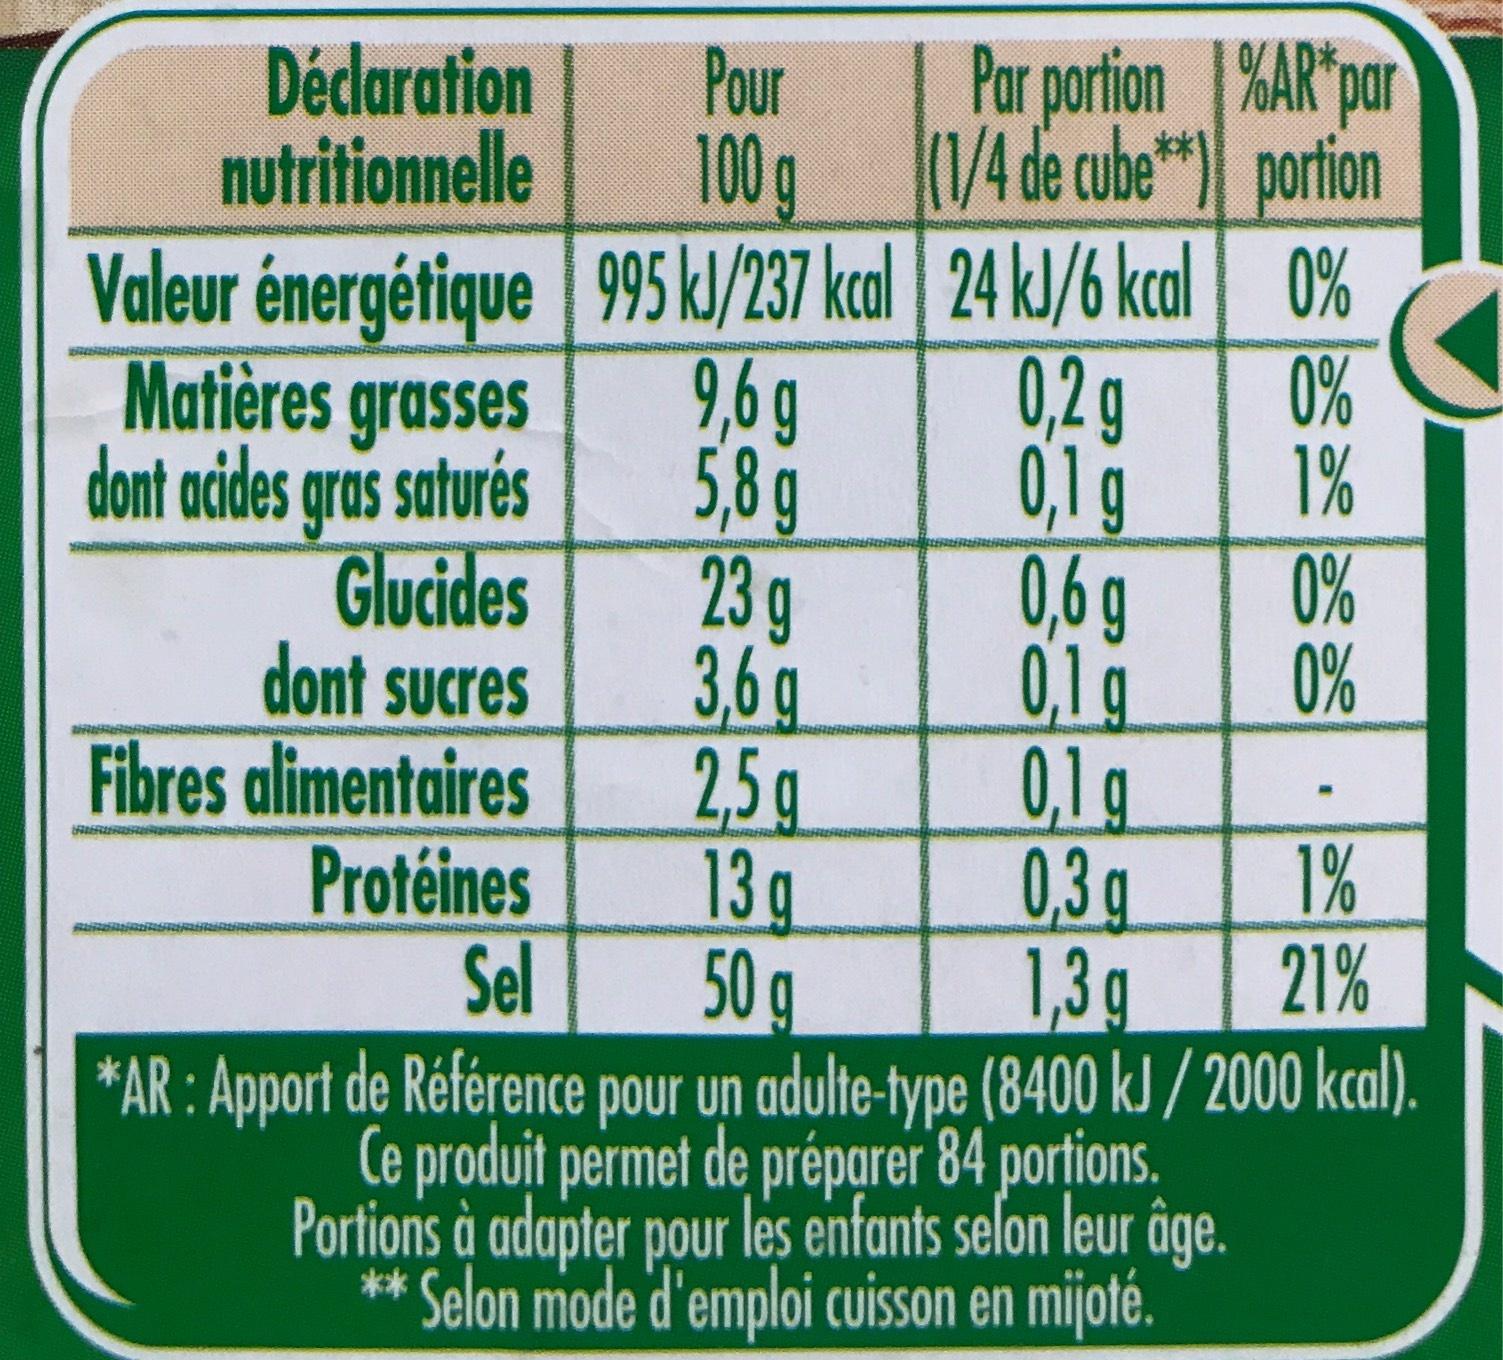
Pour
100 g
Valeur énergétique 995 kJ/237 kcal 24 kJ/6 kcal
9,6g
0,2g
5,8 g
0,1 g
Déclaration
nutritionnelle
Matières grasses
dont acides gras saturés
Glucides
dont sucres
Fibres alimentaires
Protéines
RIERIERIS
23 g
Par portion%AR par (1/4 de cube portion
0%
3,6 g
0,6 g
0,1 g
0,1 g
0,3 g
0%
1%
2,5g
13 g
1%
Sel
50 g
1,3g 21%
*AR: Apport de Référence pour un adulte-type (8400 kJ/2000 kcal).
Ce produit permet de préparer 84 portions. Portions à adapter pour les enfants selon leur âge. ** Selon mode d'emploi cuisson en mijoté.
0%
0%